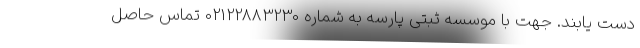
دست یابند. جهت با موسسه ثبتی پارسه به شماره 02122883230 تماس حاصل